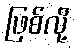
ဖြစ်လို့